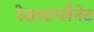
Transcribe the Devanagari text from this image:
रेस्तरांप्लैनेट